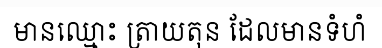
មានឈ្មោះ ត្រាយតុន ដែលមានទំហំ